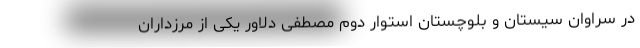
در سراوان سیستان و بلوچستان استوار دوم مصطفی دلاور یکی از مرزداران